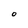
Character: O